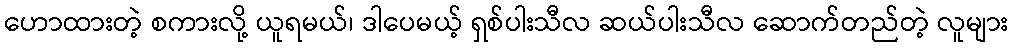
ဟောထားတဲ့ စကားလို့ ယူရမယ်၊ ဒါပေမယ့် ရှစ်ပါးသီလ ဆယ်ပါးသီလ ဆောက်တည်တဲ့ လူများ